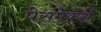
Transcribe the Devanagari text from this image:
पेसमेकर्स